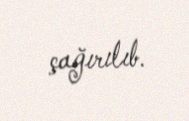
çağırılıb.